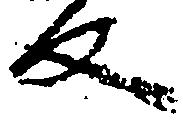
反